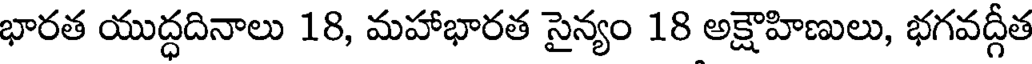
భారత యుద్ధదినాలు 18, మహాభారత సైన్యం 18 అక్షౌహిణులు, భగవద్గీత